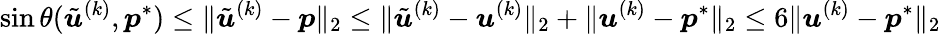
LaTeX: \sin\theta(\tilde{{\boldsymbol u}}^{(k)},{\boldsymbol p}^{*})\leq\| \tilde{{\boldsymbol u}}^{(k)}-{\boldsymbol p}\| _{2}\leq\| \tilde{{\boldsymbol u}}^{(k)}-{\boldsymbol u}^{(k)}\| _{2}+\| {\boldsymbol u}^{(k)}-{\boldsymbol p}^{*}\| _{2}\leq 6\| {\boldsymbol u}^{(k)}-{\boldsymbol p}^{*}\| _{2}